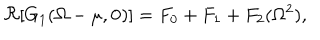
LaTeX: \Re [ G _ { 1 } ( \Omega - \mu , { \mathbf 0 } ) ] = F _ { 0 } + F _ { 1 } + F _ { 2 } ( \Omega ^ { 2 } ) ,